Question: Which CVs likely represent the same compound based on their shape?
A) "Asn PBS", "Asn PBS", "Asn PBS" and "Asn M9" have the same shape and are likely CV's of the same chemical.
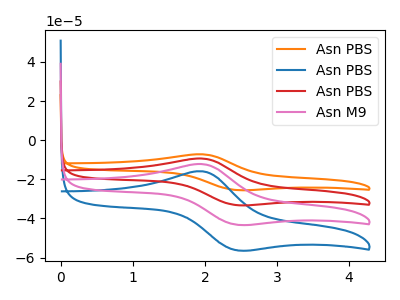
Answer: <think>The orange curve "Asn PBS" has an anodic peak at (1.95V, -36.65uA) and a cathodic peak at (2.45V, -129.55uA). The blue curve "Asn PBS" has an anodic peak at (1.95V, -15.90uA) and a cathodic peak at (2.45V, -56.25uA). The red curve "Asn PBS" has an anodic peak at (1.95V, -24.40uA) and a cathodic peak at (2.45V, -86.40uA). The pink curve "Asn M9" has an anodic peak at (1.95V, -12.20uA) and a cathodic peak at (2.45V, -43.20uA).
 All the peaks in "Asn PBS" have a peak in "Asn PBS" at the same potential. All the peaks in "Asn PBS" have a peak in "Asn PBS" at the same potential. All the peaks in "Asn PBS" have a peak in "Asn M9" at the same potential. All the peaks in "Asn PBS" have a peak in "Asn PBS" at the same potential. All the peaks in "Asn PBS" have a peak in "Asn M9" at the same potential. All the peaks in "Asn PBS" have a peak in "Asn M9" at the same potential.</think>
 <answer>A) "Asn PBS", "Asn PBS", "Asn PBS" and "Asn M9" have the same shape and are likely CV's of the same chemical.</answer>
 <eval>A</eval>